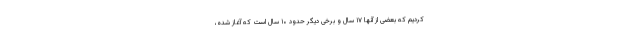
کردیم که بعضی از آنها ۱۷ سال و برخی دیگر حدود ۱۰ سال است که آغاز شده،